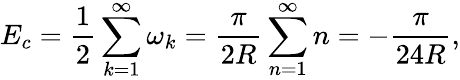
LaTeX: E_{c}=\frac{1}{2}\sum_{k=1}^{\infty}\omega_{k}=\frac{\pi}{2R}\sum_{n=1}^{\infty}n=-\frac{\pi}{24R},